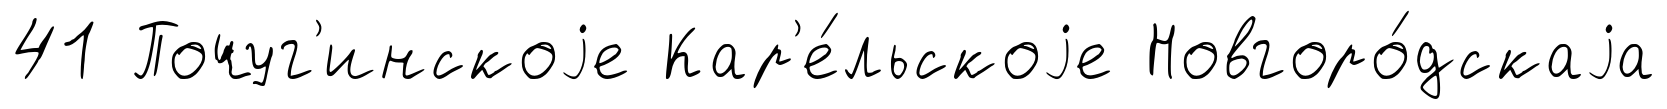
41 Почуг'инскоjе Кар'е́льскоjе Новгоро́дскаjа